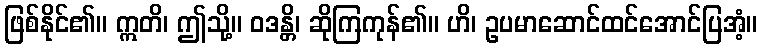
ဖြစ်နိုင်၏။ ဣတိ၊ ဤသို့။ ဝဒန္တိ၊ ဆိုကြကုန်၏။ ဟိ၊ ဥပမာဆောင်ထင်အောင်ပြအံ့။